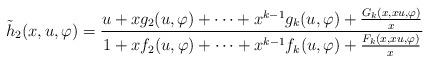
LaTeX: \begin{align*}\tilde h_2 (x,u,\varphi) = \frac{u + x g_2(u, \varphi) + \cdots +x^{k-1} g_k (u,\varphi) + \frac{G_k (x,xu,\varphi)}{x}}{1 + x f_2 (u,\varphi) + \cdots + x^{k-1} f_k (u,\varphi) + \frac{F_k (x,xu,\varphi)}{x}}\end{align*}